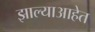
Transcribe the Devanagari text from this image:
झाल्याआहेत